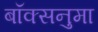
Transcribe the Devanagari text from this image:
बॉक्सनुमा